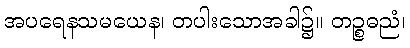
အပရေနသမယေန၊ တပါးသောအခါ၌။ တဉ္စဓညံ၊